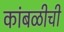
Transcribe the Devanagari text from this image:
कांबळीची